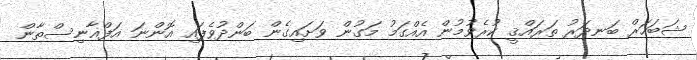
ޝަބަހަރް ބަނދަރު ތަރައްޤީ ކުރެވުމުން އެއްގަމު މަގުން ވަށައިގެން ބަންދުވެފައި އޮންނަ އަފްޣާނިސްތާން